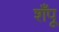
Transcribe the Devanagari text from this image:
शँपू